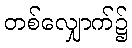
တစ်လျှောက်၌